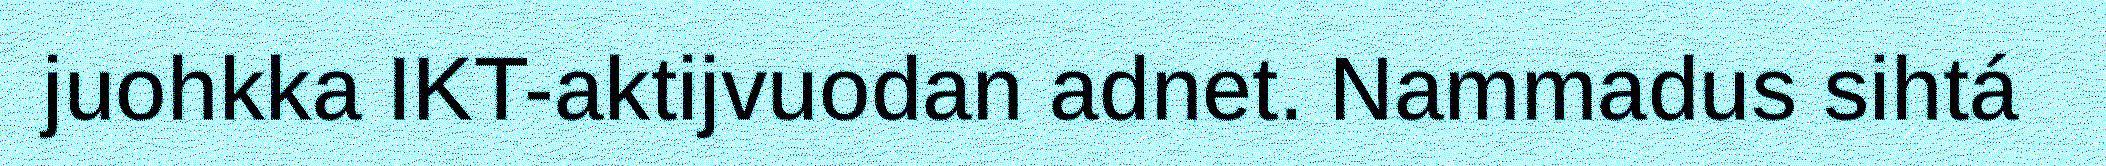
juohkka IKT-aktijvuodan adnet. Nammadus sihtá